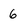
Character: 6